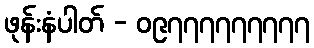
ဖုန်းနံပါတ် - ၀၉၇၇၇၇၇၇၇၇၇